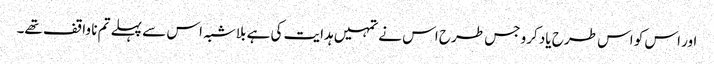
اور اس کو اس طرح یاد کرو جس طرح اس نے تمہیں ہدایت کی ہے بلاشبہ اس سے پہلے تم نا واقف تھے۔